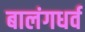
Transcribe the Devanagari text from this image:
बालंगधर्व